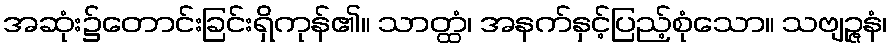
အဆုံး၌တောင်းခြင်းရှိကုန်၏။ သာတ္ထံ၊ အနက်နှင့်ပြည့်စုံသော။ သဗျဉ္ဇနံ၊